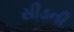
સીડની